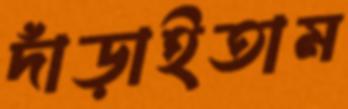
দাঁড়াইতাম